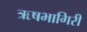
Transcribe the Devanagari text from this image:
ऋषभागिरी